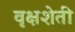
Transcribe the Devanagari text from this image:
वृक्षशेती